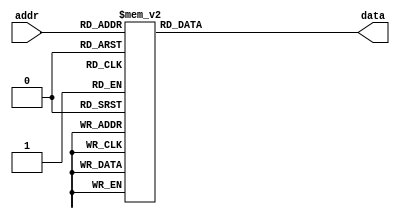
`timescale 1ns / 1ps
//////////////////////////////////////////////////////////////////////////////////
// Company: 
// Engineer: 
// 
// Design Name: 
// Module Name: lut
// Project Name: 
// Target Devices: 
// Tool Versions: 
// Description: 
// 
// Dependencies: 
// 
// Revision:
// Revision 0.01 - File Created
// Additional Comments:
// 
//////////////////////////////////////////////////////////////////////////////////


module lut(
    input [3:0] addr,
    output reg [3:0] data
    );
    
    always@(*) begin
        case(addr)
            4'b0000: data = 4'b0000;
            4'b0001: data = 4'b1000;
            4'b0010: data = 4'b0100;
            4'b0011: data = 4'b1100;
            4'b0100: data = 4'b0010;
            4'b0101: data = 4'b1010;
            4'b0110: data = 4'b0110;
            4'b0111: data = 4'b1110;
            4'b1000: data = 4'b0001;
            4'b1001: data = 4'b1001;
            4'b1010: data = 4'b0101;
            4'b1011: data = 4'b1101;
            4'b1100: data = 4'b0011;
            4'b1101: data = 4'b1011;
            4'b1110: data = 4'b0111;
            4'b1111: data = 4'b1111;
            
        endcase
    end
    
    
endmodule